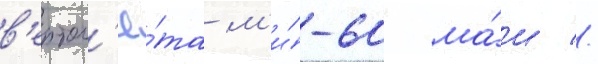
в'ертол'ё́та м'и́-60 ма́и //